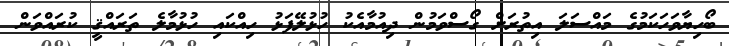
ބޯހިޔާވަހަކަމުގެ މައްސަލަ އިތުރަށް ގޯސްވަމުން ދިއުމާއެކު ހުޅުލޭފަޅު ހިއްކައި ހުޅުމާލެ ތަރައްޤީ ކުރައްވަން